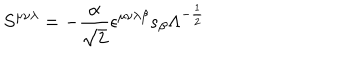
S ^ { { \mu } { \nu } { \lambda } } = - \frac { \alpha } { \sqrt { 2 } } { \epsilon } ^ { { \mu } { \nu } { \lambda } { \beta } } s _ { \beta } { \Lambda } ^ { - \frac { 1 } { 2 } }